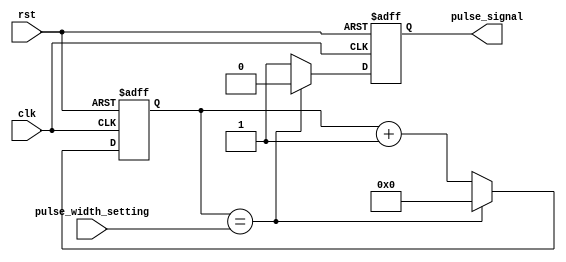
module VariablePulseWidthGenerator (
    input wire clk,
    input wire rst,
    input wire [7:0] pulse_width_setting,
    output reg pulse_signal
);

reg [7:0] pulse_counter;

always @(posedge clk or posedge rst) begin
    if (rst) begin
        pulse_counter <= 8'b0;
        pulse_signal <= 1'b0;
    end else begin
        if (pulse_counter == pulse_width_setting) begin
            pulse_counter <= 8'b0;
            pulse_signal <= 1'b0;
        end else begin
            pulse_counter <= pulse_counter + 1;
            pulse_signal <= 1'b1;
        end
    end
end

endmodule